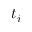
t _ { i }